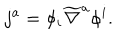
LaTeX: j ^ { a } = \phi _ { i } \widetilde { \nabla } ^ { a } \phi ^ { i } .